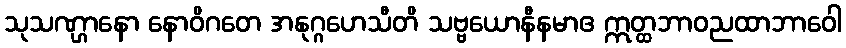
သုသဏ္ဌာနော နောဝိဂတေ အနုဂ္ဂဟေသီတိ သဗ္ဗယောနီနမာဧ ဣတ္ထဘာဝညထာဘာဝေါ